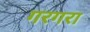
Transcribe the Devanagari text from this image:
गरगरा